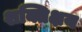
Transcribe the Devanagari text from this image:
शक्तिक्षय